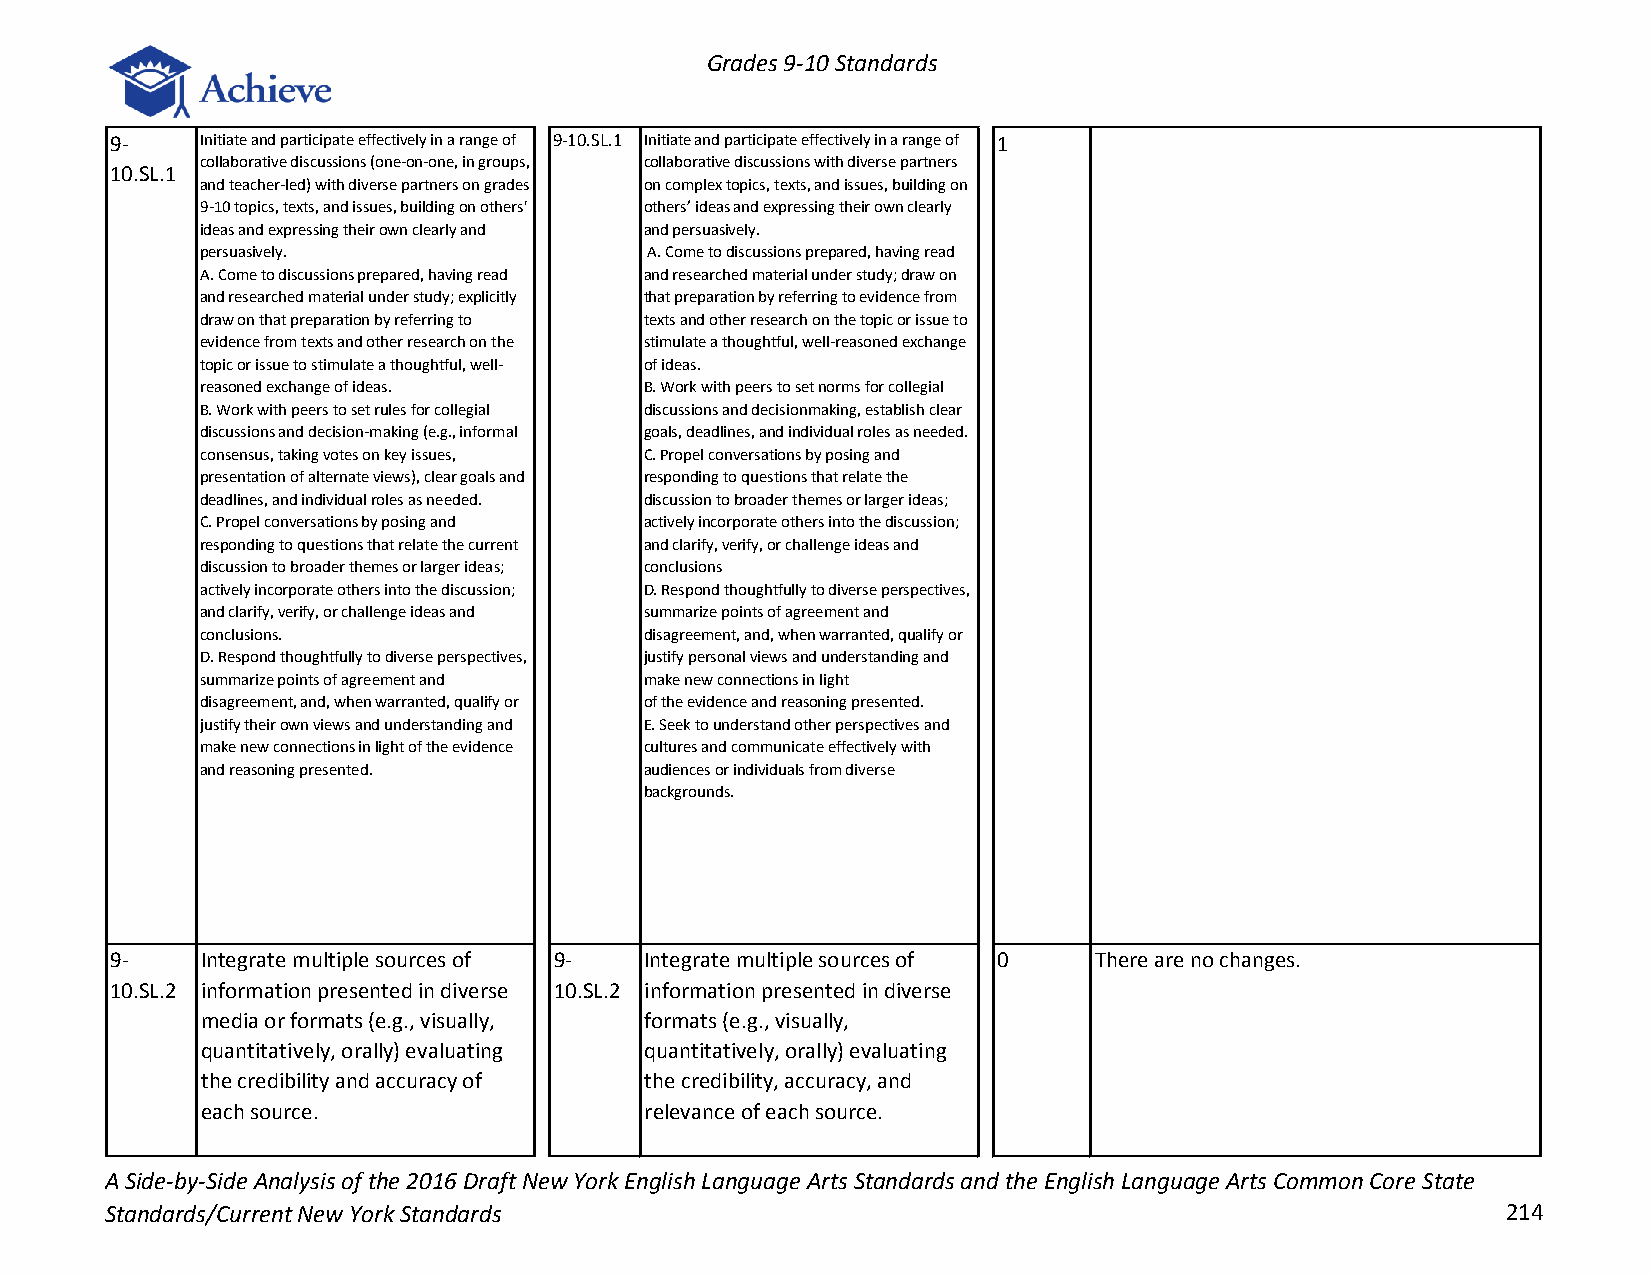
Grades 9-10 Standards
 9-    Initiate and participate effectively in a range of 9-10.SL.1 Initiate and participate effectively in a range of 1
 collaborative discussions (one-on-one, in groups, collaborative discussions with diverse partners
 10.SL.1
 and teacher-led) with diverse partners on grades on complex topics, texts, and issues, building on
 9-10 topics, texts, and issues, building on others' others’ ideas and expressing their own clearly
 ideas and expressing their own clearly and and persuasively.
 persuasively.                 A. Come to discussions prepared, having read
 A. Come to discussions prepared, having read and researched material under study; draw on
 and researched material under study; explicitly that preparation by referring to evidence from
 draw on that preparation by referring to texts and other research on the topic or issue to
 evidence from texts and other research on the stimulate a thoughtful, well-reasoned exchange
 topic or issue to stimulate a thoughtful, well- of ideas.
 reasoned exchange of ideas.   B. Work with peers to set norms for collegial
 B. Work with peers to set rules for collegial discussions and decisionmaking, establish clear
 discussions and decision-making (e.g., informal goals, deadlines, and individual roles as needed.
 consensus, taking votes on key issues, C. Propel conversations by posing and
 presentation of alternate views), clear goals and responding to questions that relate the
 deadlines, and individual roles as needed. discussion to broader themes or larger ideas;
 C. Propel conversations by posing and actively incorporate others into the discussion;
 responding to questions that relate the current and clarify, verify, or challenge ideas and
 discussion to broader themes or larger ideas; conclusions
 actively incorporate others into the discussion; D. Respond thoughtfully to diverse perspectives,
 and clarify, verify, or challenge ideas and summarize points of agreement and
 conclusions.                  disagreement, and, when warranted, qualify or
 D. Respond thoughtfully to diverse perspectives, justify personal views and understanding and
 summarize points of agreement and make new connections in light
 disagreement, and, when warranted, qualify or of the evidence and reasoning presented.
 justify their own views and understanding and E. Seek to understand other perspectives and
 make new connections in light of the evidence cultures and communicate effectively with
 and reasoning presented.      audiences or individuals from diverse
 backgrounds.
 9-    Integrate multiple sources of 9- Integrate multiple sources of 0 There are no changes.
 10.SL.2 information presented in diverse 10.SL.2 information presented in diverse
 media or formats (e.g., visually, formats (e.g., visually,
 quantitatively, orally) evaluating quantitatively, orally) evaluating
 the credibility and accuracy of the credibility, accuracy, and
 each source.                  relevance of each source.
 A Side-by-Side Analysis of the 2016 Draft New York English Language Arts Standards and the English Language Arts Common Core State
 Standards/Current New York Standards                                                         214